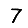
Digit: 7